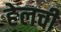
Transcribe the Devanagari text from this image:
हेलची